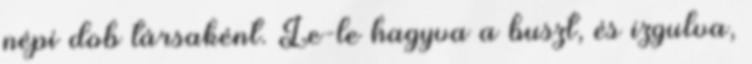
népi dob társaként. Le-le hagyva a buszt, és izgulva,